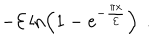
- { \cal E } \, { \mathrm { l n } } \! \left( 1 - { \mathrm e } ^ { - { \frac { \pi x } { \cal E } } } \right) \ .